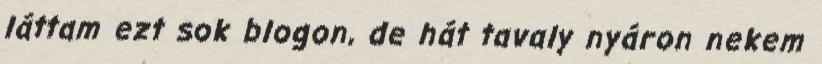
láttam ezt sok blogon, de hát tavaly nyáron nekem